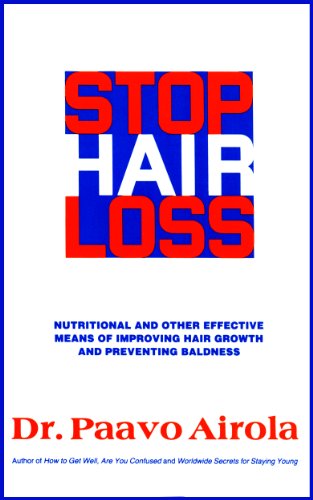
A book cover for Stop Hair Loss; Paavo Airola; Health, Fitness & Dieting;